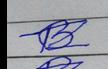
Signature authenticity: forged